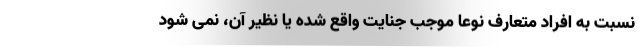
نسبت به افراد متعارف نوعاً موجب جنایت واقع شده یا نظیر آن، نمی شود